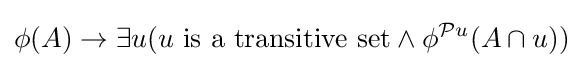
\phi (A)\to \exists u(u{\text{ is a transitive set}}\land \phi ^{{\mathcal {P}}u}(A\cap u))